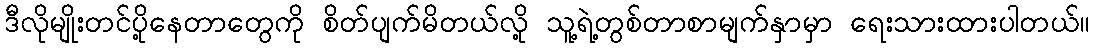
ဒီလိုမျိုးတင်ပို့နေတာတွေကို စိတ်ပျက်မိတယ်လို့ သူ့ရဲ့တွစ်တာစာမျက်နှာမှာ ရေးသားထားပါတယ်။